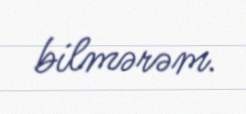
bilmərəm.